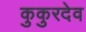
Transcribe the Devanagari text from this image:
कुकुरदेव